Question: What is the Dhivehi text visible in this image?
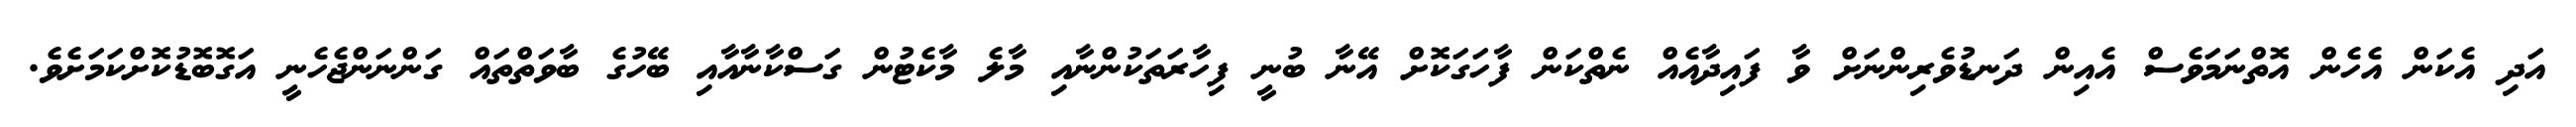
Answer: އަދި އެކަން އެހެން އޮތްނަމަވެސް އެއިން ދަނޑުވެރިންނަށް ވާ ފައިދާއެއް ނެތްކަން ފާހަގަކޮށް އޭނާ ބުނީ ފިހާރަތަކުންނާއި މާލެ މާކެޓުން ގަސްކާނާއާއި ބޭހުގެ ބާވަތްތައް ގަންނަންޖެހެނީ އަގޮބޮޑުކޮށްކަމަށެވެ.